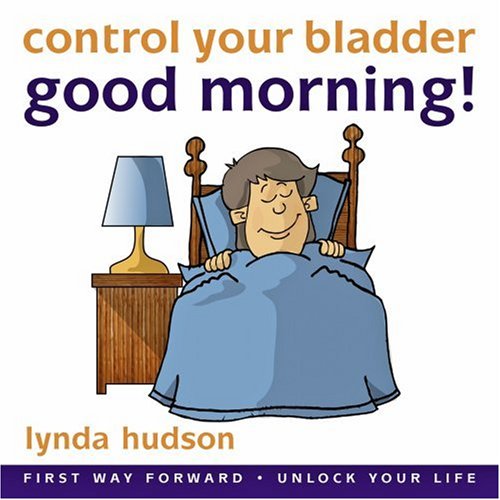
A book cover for Good Morning Control Your Bladder age 10-15 BEST SELLER OVER 5 YEARS!!! End the Misery of Bedwetting (Lynda Hudson's "Unlock Your Life" Audio ... "Unlock Your Life" Audio CDs for Children); Lynda Hudson; Parenting & Relationships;